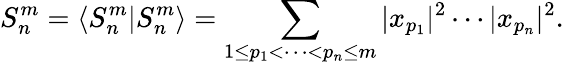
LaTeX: S_{n}^{m}=\langle{S}_{n}^{m}|{S}_{n}^{m}\rangle=\sum_{1\leq p_{1}<\cdots<p_{n}\leq m}|x_{p_{1}}|^{2}\cdots|x_{p_{n}}|^{2}.